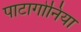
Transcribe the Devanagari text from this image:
पाटागोनिया